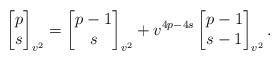
LaTeX: \begin{align*} \begin{bmatrix}p\\s\end{bmatrix}_{v^2}= \begin{bmatrix}p-1\\s\end{bmatrix}_{v^2} +v^{4p-4s} \begin{bmatrix}p-1\\s-1\end{bmatrix}_{v^2}.\end{align*}